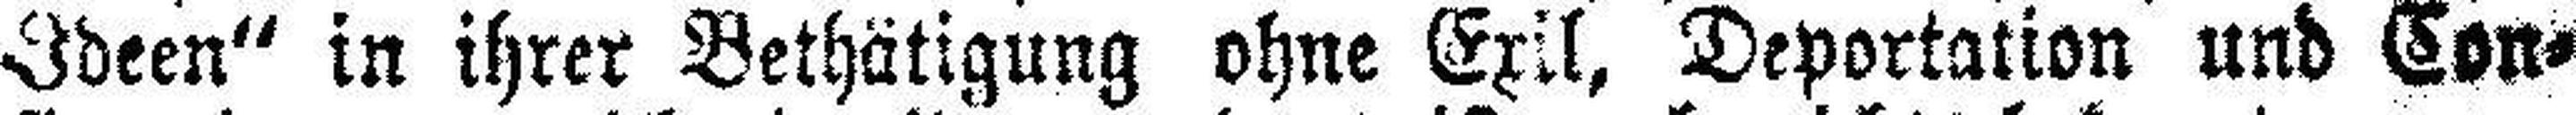
Ideen“ in ihrer Bethätigung ohne Exil, Deportation und Con¬